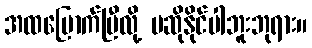
အထမြောက်ပြီလို့ မဆိုနိုင်ပါဘူးဘုရား။